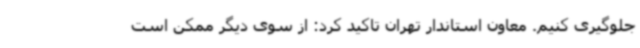
جلوگیری کنیم. معاون استاندار تهران تاکید کرد: از سوی دیگر ممکن است